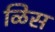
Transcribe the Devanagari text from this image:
ळिस